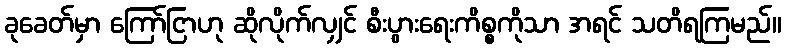
ခုခေတ်မှာ ကြော်ငြာဟု ဆိုလိုက်လျှင် စီးပွားရေးကိစ္စကိုသာ အရင် သတိရကြမည်။